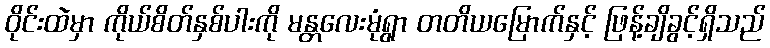
ဝိုင်းထဲမှာ ကိုယ်စိတ်နှစ်ပါးကို မန္တလေးမုံရွာ တတိယမြောက်နှင့် ဖြန့်ချိခွင့်ရှိသည်